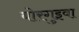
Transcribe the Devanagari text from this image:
बोरगुइवा